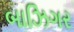
બાઝિગર